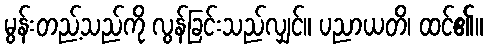
မွန်းတည့်သည်ကို လွန်ခြင်းသည်လျှင်။ ပညာယတိ၊ ထင်၏။